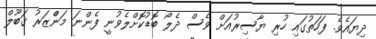
ދިޔައެވެ. ފަހަތުގައި ހުރި ޔާސިރުއަށް ވެސް ދެލޯ ބޮޑުކޮށްލެވުނީ ފެންނަ މަންްޒަރު ޤަބޫލް